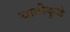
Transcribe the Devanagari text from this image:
यातीकुळे